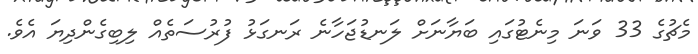
މެޗުގެ 33 ވަނަ މިނެޓުގައި ބަޔާނަށް ލަނޑުޖަހާނެ ރަނގަޅު ފުރުސަތެއް ލިބިގެންދިޔަ އެވެ.